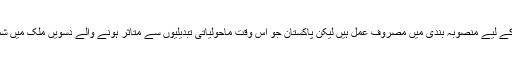
اسی وجہ سے موجودہ حالات میں اقوام عالم ماحولیاتی تبدیلیوں سے بچاؤ کے اقدامات کے لیے منصوبہ بندی میں مصروف عمل ہیں لیکن پاکستان جو اس وقت ماحولیاتی تبدیلیوں سے متاثر ہونے والے دسویں ملک میں شمار کیا جاتا ہے وہاں اس حوالے سے کوئی خاطر خواہ اقدامات ہوتے نظر نہیں آ رہے۔